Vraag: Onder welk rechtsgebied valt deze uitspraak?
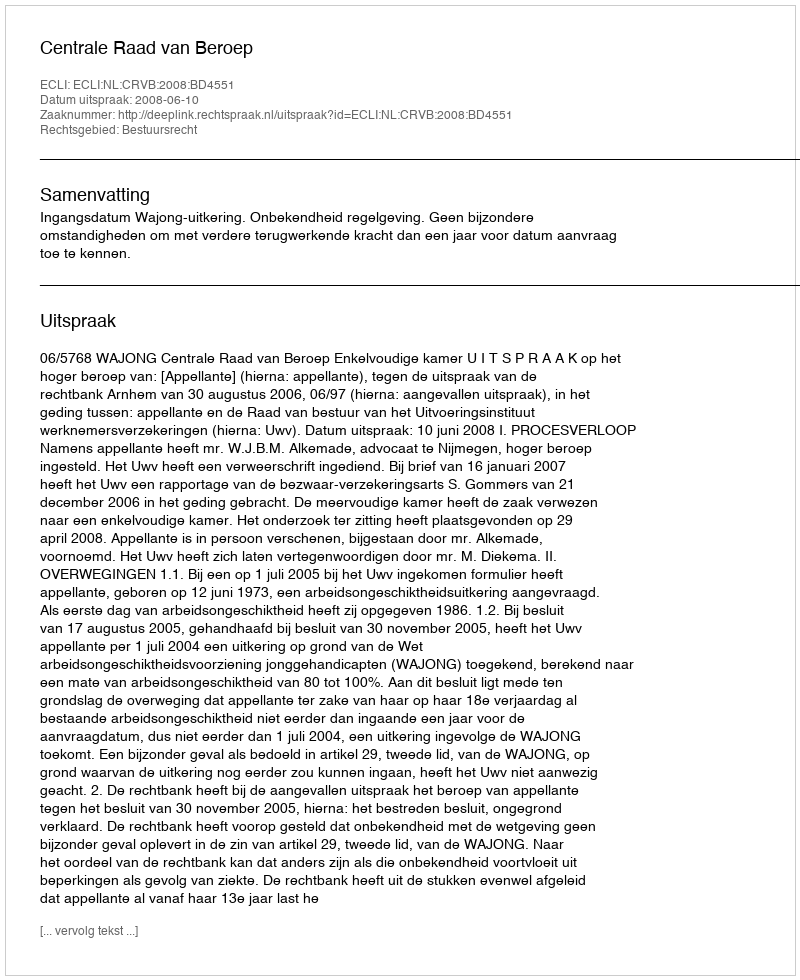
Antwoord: Bestuursrecht